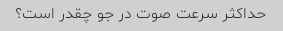
حداکثر سرعت صوت در جو چقدر است؟